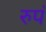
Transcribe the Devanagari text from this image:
रुपं